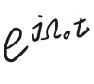
$e^{i\omega_0t}$